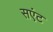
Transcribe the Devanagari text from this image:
सएंट